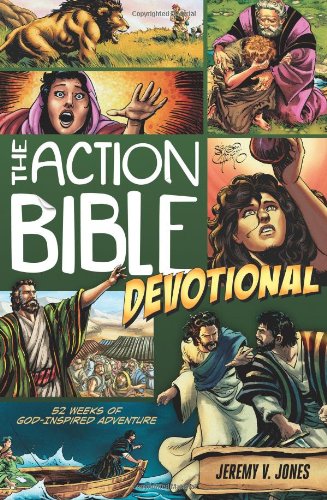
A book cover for The Action Bible Devotional: 52 Weeks of God-Inspired Adventure (Action Bible Series); Jeremy V. Jones; Christian Books & Bibles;